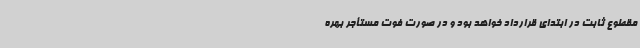
مقطوع ثابت در ابتدای قرارداد خواهد بود و در صورت فوت مستأجر بهره‌